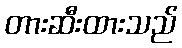
တားဆီးထားသည်